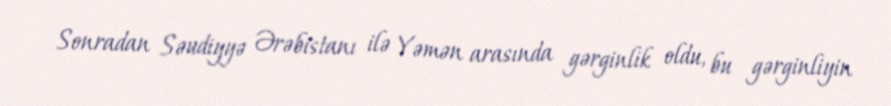
Sonradan Səudiyyə Ərəbistanı ilə Yəmən arasında gərginlik oldu, bu gərginliyin